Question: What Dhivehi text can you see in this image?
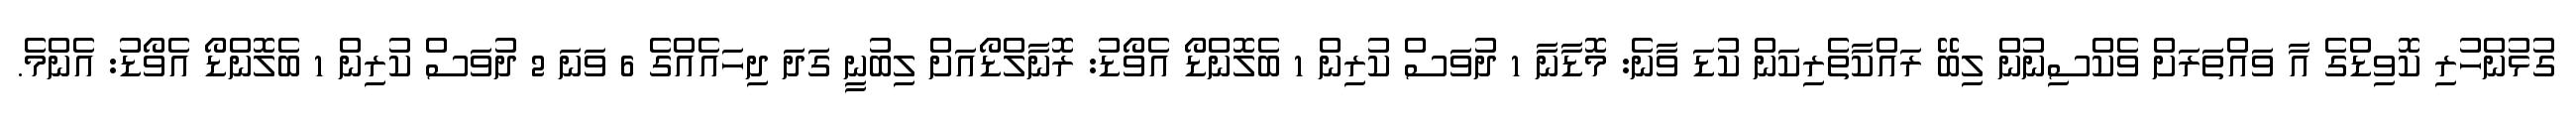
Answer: ގުޅުންހުރި ކޮވިޑްގެ އާ ވައްތަރަށް ވެކްސިނުން ލިބޭ ރައްކާތެރިކަން ކުޑަ ވާނެ: މޮޑާނާ 1 ދުވަސް ކުރިން 1 ބެލޮންޑޯ އެވޯޑު: ރޮނާލްޑޯއަށް ލިބުނީ ގަދަ ދިހައެއްގެ 6 ވަނަ 2 ދުވަސް ކުރިން 1 ބެލޮންޑޯ އެވޯޑު: އެންމެ.